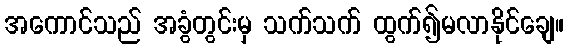
အကောင်သည် အခွံတွင်းမှ သက်သက် ထွက်၍မလာနိုင်ချေ။